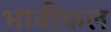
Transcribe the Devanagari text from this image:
भावीफल